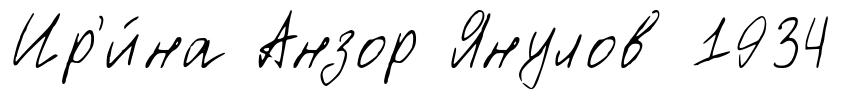
Ир'и́на Анзор Янулов 1934